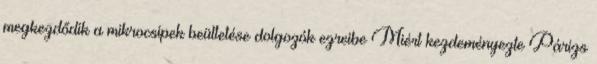
megkezdődik a mikrocsipek beültetése dolgozók ezreibe Miért kezdeményezte Párizs